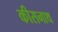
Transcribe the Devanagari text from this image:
कीसनाथ